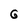
Character: 6